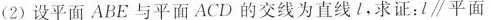
(2)设平面ABE与平面ACD的交线为直线l，求证：l\parallel 平 面